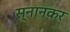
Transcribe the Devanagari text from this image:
स्नानकर